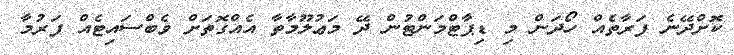
ކޮށްދޭނެ ފަރާތެއް ހޯދަން މި ޑިޕާޓްމަންޓުން ދޭ މަޢުލޫމާތާ އެއްގޮތަށް ވެބްސައިޓެއް ފަރުމާ